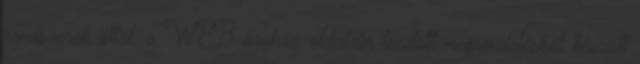
rendszerek által, a WEB áruház oldalain leadott megrendelésből készült